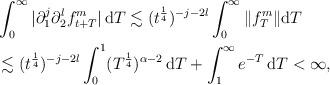
LaTeX: \begin{align*}& \int_{0}^{\infty} | \partial_1^j \partial_2^l f^m_{t+T}| \, \textrm{d}T \lesssim (t^{\frac{1}{4}})^{-j - 2l} \int_{0}^{\infty} \| f^m_T \| \textrm{d}T\\ & \lesssim (t^{\frac{1}{4}})^{-j - 2l} \int_{0}^{1}(T^{\frac{1}{4}})^{\alpha -2} \, \textrm{d}T + \int_1^{\infty} e^{-T} \, \textrm{d}T < \infty,\end{align*}